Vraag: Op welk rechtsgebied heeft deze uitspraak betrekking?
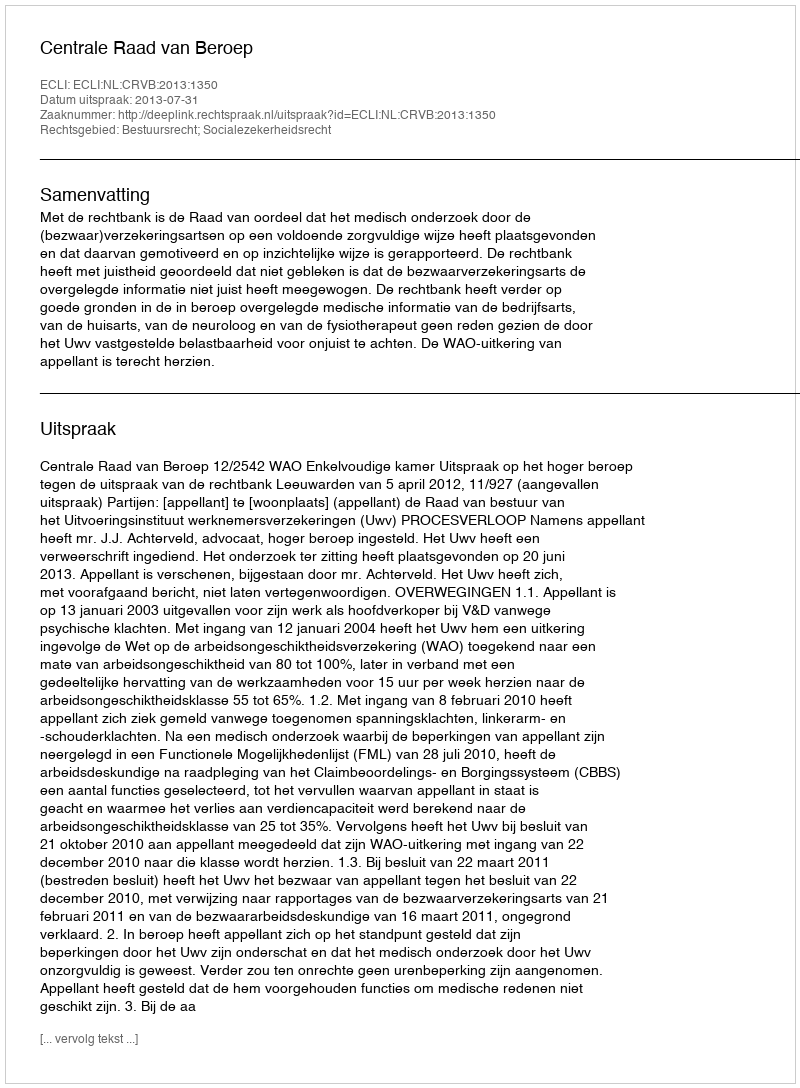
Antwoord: Bestuursrecht; Socialezekerheidsrecht